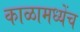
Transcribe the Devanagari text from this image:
काळामध्येंच